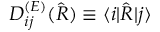
D _ { i j } ^ { ( E ) } ( \hat { R } ) \equiv \langle i | \hat { R } | j \rangle